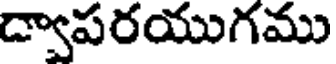
ద్వాపరయుగము